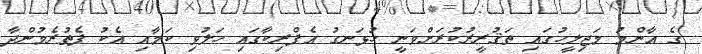
ގެ އާންމު މަޖިލީހުގައި ތަޤުރީރުކުރަށްވަނީ ހުޅަނގު އެފްރިކާގައި ހަލުވި ކަމާއި އެކު ފެތުރެމުންދާ